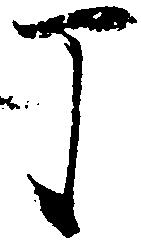
丁